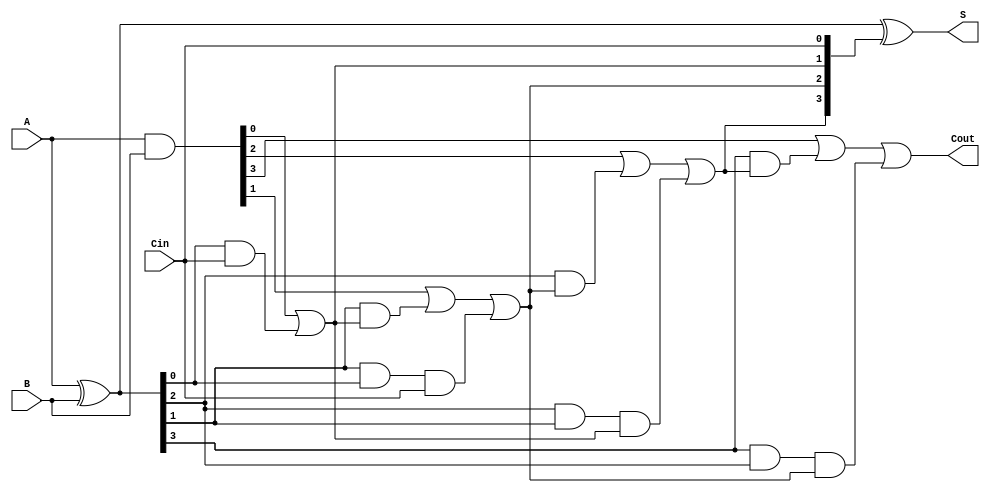
module CarryLookaheadAdder #(
    parameter n = 4  // Parameter for bit-width, can be changed as needed
)(
    input  [n-1:0] A,      // n-bit input A
    input  [n-1:0] B,      // n-bit input B
    input         Cin,      // Carry-in
    output [n-1:0] S,      // n-bit sum output
    output        Cout      // Carry-out
);

    // Generate and Propagate signals
    wire [n-1:0] G; // Generate signals
    wire [n-1:0] P; // Propagate signals
    wire [n:0] C;   // Carry signals (C[0] is Cin)

    // Generate and Propagate calculations
    assign G = A & B;          // Generate: Gi = Ai & Bi
    assign P = A ^ B;          // Propagate: Pi = Ai ^ Bi

    // Carry calculations
    assign C[0] = Cin;         // C0 = Cin

    genvar i;
    generate
        for (i = 0; i < n; i = i + 1) begin : carry_calc
            if (i == 0) begin
                assign C[i + 1] = G[i] | (P[i] & C[i]); // C1 = G0 + (P0 & C0)
            end else begin
                assign C[i + 1] = G[i] | (P[i] & C[i]) | (P[i] & P[i - 1] & C[i - 1]); // General carry calculation
            end
        end
    endgenerate

    // Sum calculation
    assign S = P ^ C[n-1:0]; // Si = Pi ^ Ci

    // Final Carry-out
    assign Cout = C[n]; // Cout = Cn

endmodule